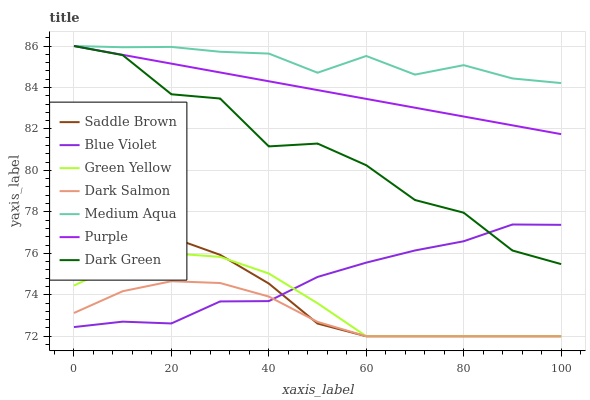
| xaxis_label | Saddle Brown | Blue Violet | Green Yellow | Dark Salmon | Medium Aqua | Purple | Dark Green |
 | --- | --- | --- | --- | --- | --- | --- | --- |
 | 0 | 76.8 | 72.4 | 74.4 | 73.1 | 86 | 86 | 86 |
 | 10 | 77.1 | 72.7 | 75.5 | 74.2 | 85.9 | 85.6 | 85.6 |
 | 20 | 76.8 | 72.6 | 76 | 74.7 | 86 | 85.1 | 83.7 |
 | 30 | 75.9 | 73.7 | 75.8 | 74.6 | 85.7 | 84.7 | 83.5 |
 | 40 | 74.5 | 73.7 | 75 | 73.9 | 85.6 | 84.3 | 81.2 |
 | 50 | 72.6 | 74.9 | 73.6 | 72.7 | 84.7 | 83.9 | 81.3 |
 | 60 | 72 | 75.6 | 72 | 72 | 85.5 | 83.4 | 80.2 |
 | 70 | 72 | 76.1 | 72 | 72 | 84.6 | 83 | 78.6 |
 | 80 | 72 | 76.6 | 72 | 72 | 85.1 | 82.6 | 78 |
 | 90 | 72 | 77.4 | 72 | 72 | 84.4 | 82.2 | 76.1 |
 | 100 | 72 | 77.4 | 72 | 72 | 84.2 | 81.7 | 75.5 |